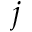
j